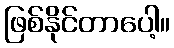
ဖြစ်နိုင်တာပေါ့။